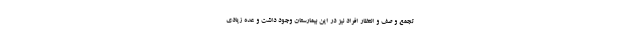
تجمع و صف و انتظار افراد نیز در این بیمارستان وجود داشت و عده زیادی